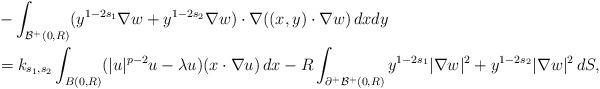
LaTeX: \begin{align*} &-\int_{\mathcal{B}^+(0, R)}(y^{1-2s_1} \nabla w+y^{1-2s_2} \nabla w)\cdot \nabla ((x, y) \cdot \nabla w)\,dxdy \\&= k_{s_1, s_2} \int_{B(0, R)} (|u|^{p-2}u-\lambda u)(x \cdot \nabla u) \, dx -R \int_{\partial^+\mathcal{B}^+(0, R)} y^{1-2s_1} |\nabla w|^2 + y^{1-2s_2} |\nabla w|^2\,dS,\end{align*}